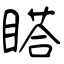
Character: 𥉌